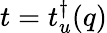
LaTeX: t=t_{u}^{\dagger}(q)